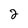
Character: 2